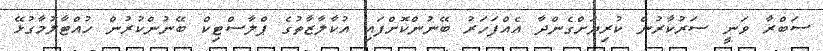
ޞަބްރާ ވަނީ ސަރުކާރުން ކުރިޔަށްގެންދާ އެއްފަހަރު ބޭނުންކޮށްފައި އުކާލާޒާތުގެ ޕްލާސްޓިކް ބޭނުންކުރުން ހުއްޓާލުމާގުޅޭ